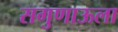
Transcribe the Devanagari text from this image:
सगुणाऊला